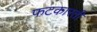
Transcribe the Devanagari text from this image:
फटकारती